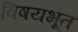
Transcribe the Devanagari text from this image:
विषयभूत